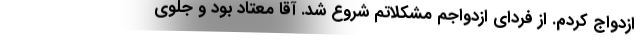
ازدواج کردم. از فردای ازدواجم مشکلاتم شروع شد. آقا معتاد بود و جلوی